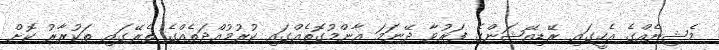
މެޝިނެއްގެ އެހީގައި ރޭޑިއޭޝަންގެ ފަރުވާ ދޭނަމަ އާންމުގޮތެއްގައި ކުރުމުއްދަތެއްގެ ތެރޭގައި ތަކުރާރު ކޮށް